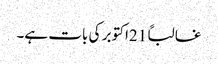
غالباً 21اکتوبر کی بات ہے۔